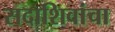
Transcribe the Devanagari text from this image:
सदाशिवांचा